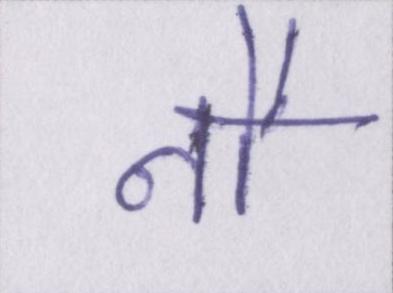
नौ